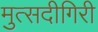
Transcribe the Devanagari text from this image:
मुत्सदीगिरी